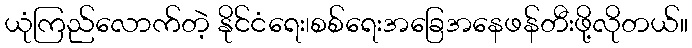
ယုံကြည်လောက်တဲ့ နိုင်ငံရေး၊စစ်ရေးအခြေအနေဖန်တီးဖို့လိုတယ်။